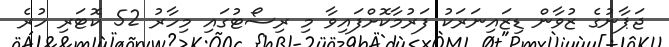
ޖަޕާނުގެ ޒުވާން ޑިޒައިނަރަކު ފަރުމާކޮށްފައިވާ މި ރިސޯޓުގައި މިހާރު 52 ކޮޓަރި ހުރެ